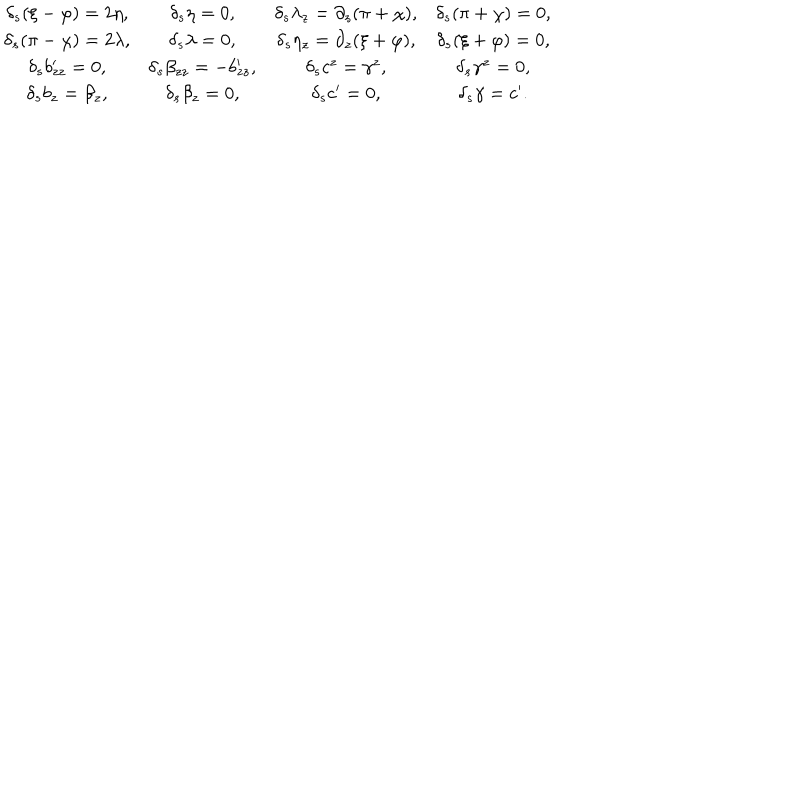
LaTeX: \begin{matrix} { { \delta _ { s } ( \xi - \varphi ) = 2 \eta , } } & { { \delta _ { s } \eta = 0 , } } & { { \delta _ { s } \lambda _ { z } = \partial _ { z } ( \pi + \chi ) , } } & { { \delta _ { s } ( \pi + \chi ) = 0 , } } \\ { { \delta _ { s } ( \pi - \chi ) = 2 \lambda , } } & { { \delta _ { s } \lambda = 0 , } } & { { \delta _ { s } \eta _ { z } = \partial _ { z } ( \xi + \varphi ) , } } & { { \delta _ { s } ( \xi + \varphi ) = 0 , } } \\ { { \delta _ { s } b _ { z z } ^ { \prime } = 0 , } } & { { \delta _ { s } \beta _ { z z } = - b _ { z z } ^ { \prime } , } } & { { \delta _ { s } c ^ { z } = \gamma ^ { z } , } } & { { \delta _ { s } \gamma ^ { z } = 0 , } } \\ { { \delta _ { s } b _ { z } = \beta _ { z } , } } & { { \delta _ { s } \beta _ { z } = 0 , } } & { { \delta _ { s } c ^ { \prime } = 0 , } } & { { \delta _ { s } \gamma = c ^ { \prime } . } } \\ \end{matrix}